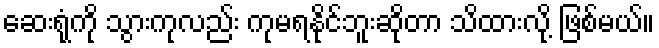
ဆေးရုံကို သွားကုလည်း ကုမရနိုင်ဘူးဆိုတာ သိထားလို့ ဖြစ်မယ်။